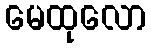
မေထုလော